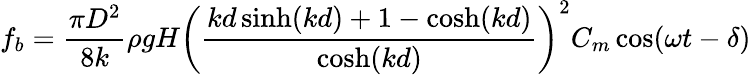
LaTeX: f_{b}=\frac{\pi D^{2}}{8k}\rho gH\left(\frac{kd\sinh(kd)+1-\cosh(kd)}{\cosh(kd)}\right)^{2}C_{m}\cos(\omega t-\delta)